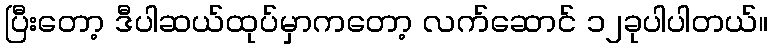
ပြီးတော့ ဒီပါဆယ်ထုပ်မှာကတော့ လက်ဆောင် ၁၂ခုပါပါတယ်။